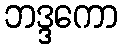
ဘဒ္ဒကော